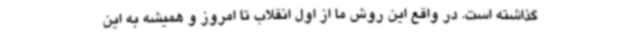
گذاشته است. در واقع این روش ما از اول انقلاب تا امروز و همیشه به این